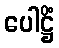
ပေါဋ္ဌိံ